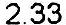
2.33